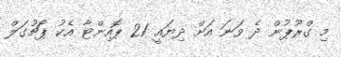
މި ގްރޫޕުން ދެ ވަނަ އަށް ދިޔައީ 21 ޕޮއިންޓާ އެކު ޕޯޗުގަލް